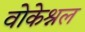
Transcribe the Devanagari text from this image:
वोकेश्नल